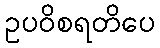
ဥပဝိစရတိပေ